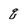
Character: q